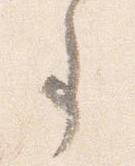
事